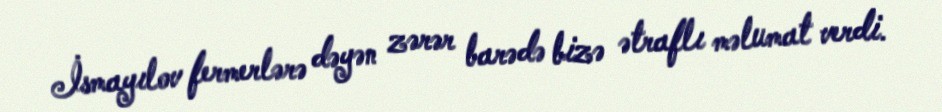
İsmayılov fermerlərə dəyən zərər barədə bizə ətraflı məlumat verdi.